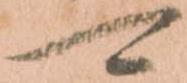
可